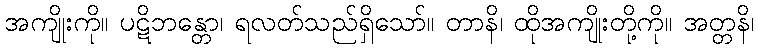
အကျိုးကို။ ပဋိဘန္တော၊ ရလတ်သည်ရှိသော်။ တာနိ၊ ထိုအကျိုးတို့ကို။ အတ္တနိ၊